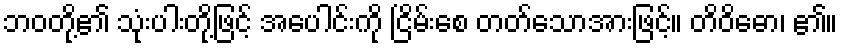
ဘဝတို့၏ သုံးပါးတို့ဖြင့် အပေါင်းကို ငြိမ်းစေ တတ်သောအားဖြင့်။ တိဝိဓော၊ ၏။